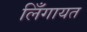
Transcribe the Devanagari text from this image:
लिँगायत